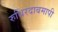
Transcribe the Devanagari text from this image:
रुधिरदाबमापी